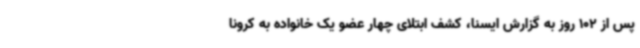
پس از 102 روز به گزارش ایسنا، کشف ابتلای چهار عضو یک خانواده به کرونا